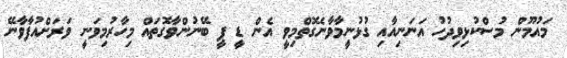
މައުމޫން މުސްކުޅިވިދުހު އަނަނިއާއި ގުޅުނީމާވާނެގޮތްމިވީ އެން ޑީ ޕީ ބޭނުންވާގޮތައް މިހާރުމިވަނީ ވަރަށްއުފާވާނޭ